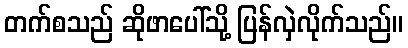
တက်စသည် ဆိုဖာပေါ်သို့ ပြန်လှဲလိုက်သည်။